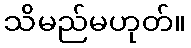
သိမည်မဟုတ်။